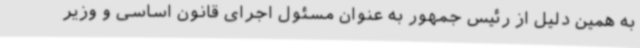
به همین دلیل از رئیس جمهور به عنوان مسئول اجرای قانون اساسی و وزیر